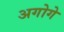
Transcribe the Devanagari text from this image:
अगोगे